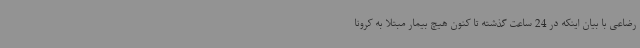
رضاعی با بیان اینکه در 24 ساعت گذشته تا کنون هیچ بیمار مبتلا به کرونا